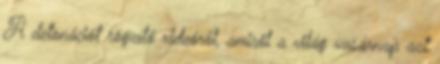
A detonációt rögzítő videóról, amiről a világ vasárnap azt